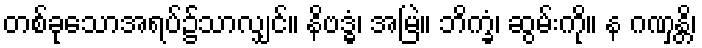
တစ်ခုသောအရပ်၌သာလျှင်။ နိဗဒ္ဓံ၊ အမြဲ။ ဘိက္ခံ၊ ဆွမ်းကို။ န ဂဏှန္တိ၊